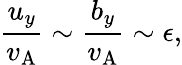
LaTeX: \frac{u_{y}}{v_{\mathrm{A}}}\sim\frac{b_{y}}{v_{\mathrm{A}}}\sim\epsilon,